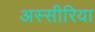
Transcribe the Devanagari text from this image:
अस्सीरिया